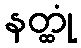
နတ္ထုံ